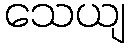
သေယျ